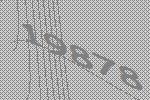
19878